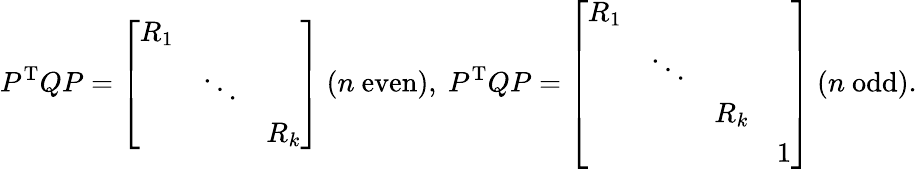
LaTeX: P^{\mathrm{T}}QP={\left[\begin{array}{lll}{R_{1}}&&\\ &{\ddots}&\\ &&{R_{k}}\end{array}\right]}\ (n{\mathrm{~even}}),\ P^{\mathrm{T}}QP={\left[\begin{array}{llll}{R_{1}}&&&\\ &{\ddots}&&\\ &&{R_{k}}&\\ &&&{1}\end{array}\right]}\ (n{\mathrm{~odd}}).